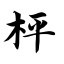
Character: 枰